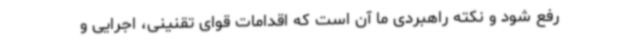
رفع شود و نکته راهبردی ما آن است که اقدامات قوای تقنینی، اجرایی و